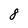
Character: 8